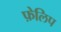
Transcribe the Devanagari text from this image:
फ़ेलिप